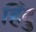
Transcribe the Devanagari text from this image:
हिँदु